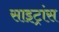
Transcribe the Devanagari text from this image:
साइट्रांस